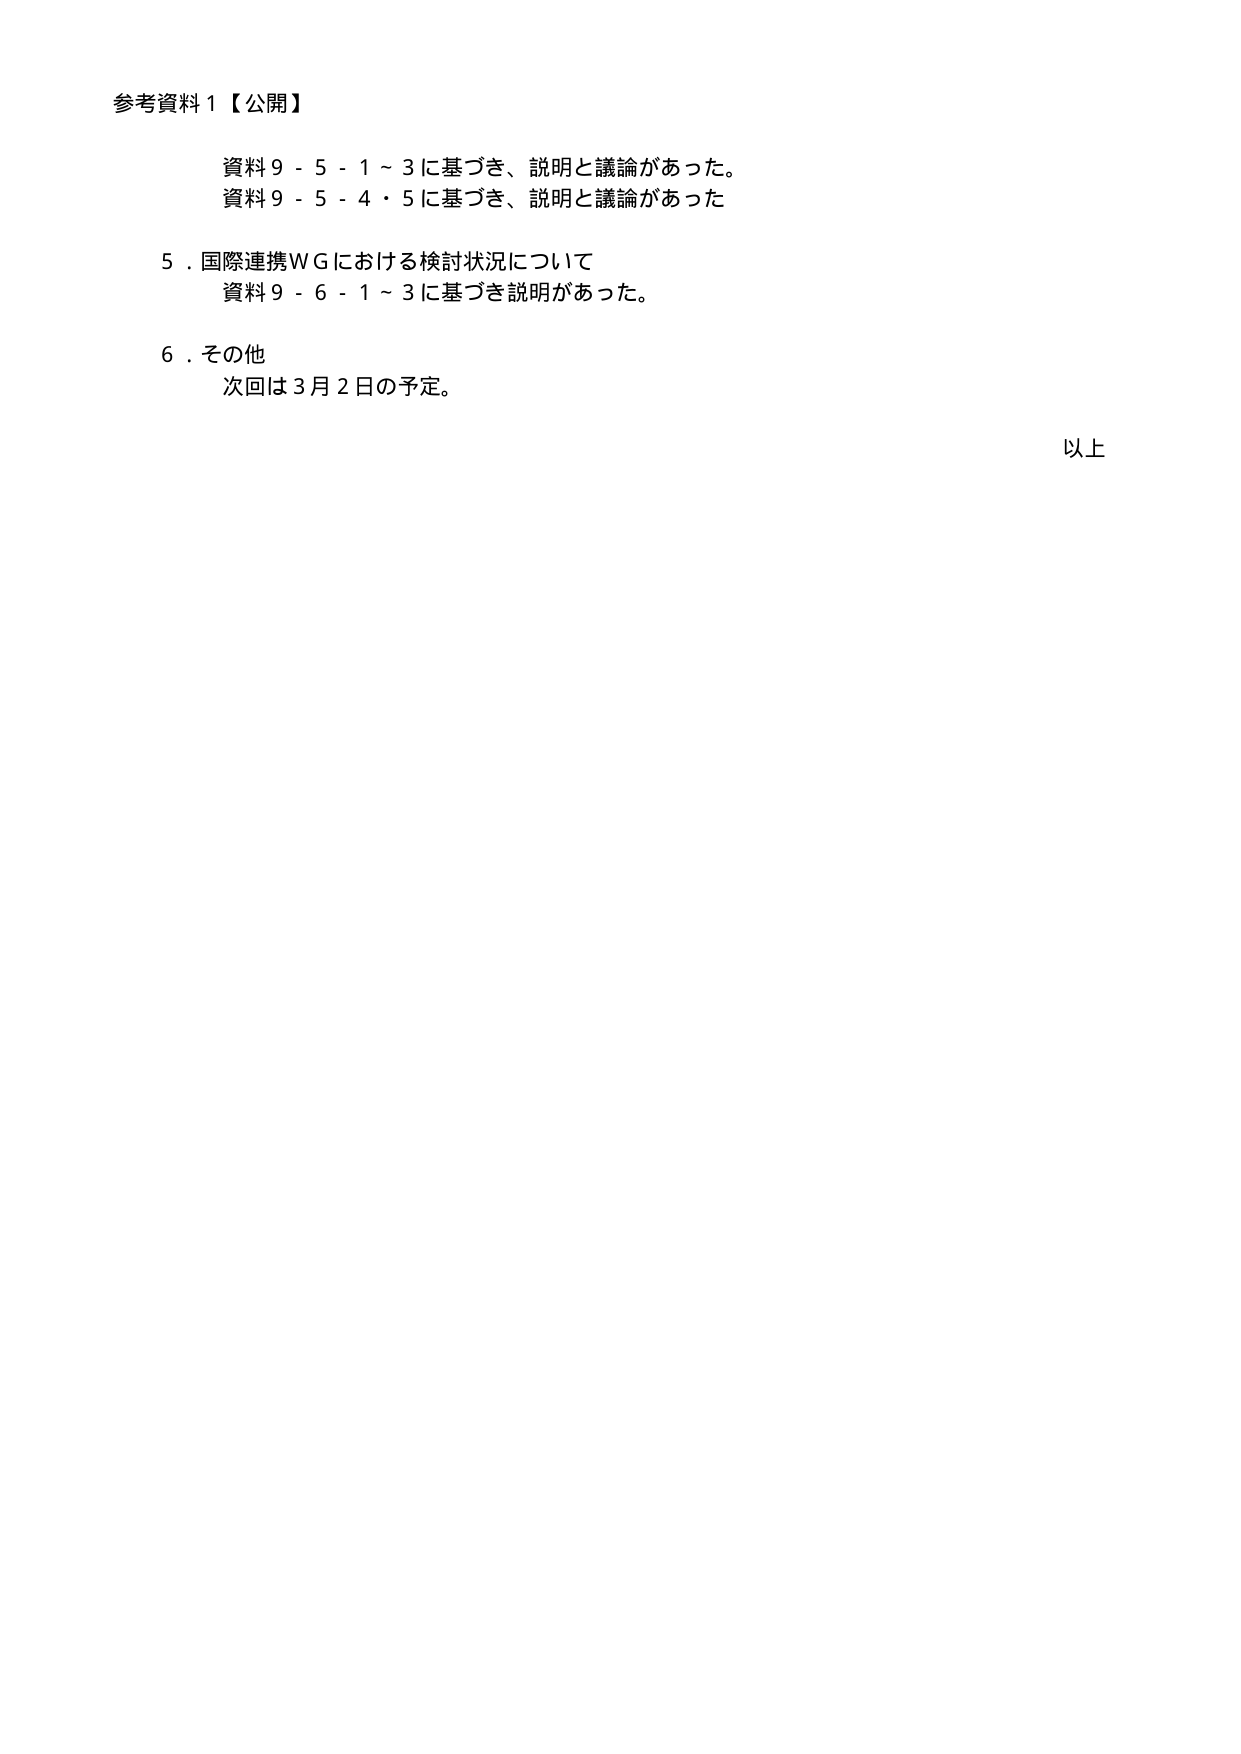
参考資料１【公開】

資料９－５－１～３に基づき、説明と議論があった。
資料９－５－４・５に基づき、説明と議論があった

５．国際連携ＷＧにおける検討状況について
資料９－６－１～３に基づき説明があった。

６．その他
次回は３月２日の予定。

以上